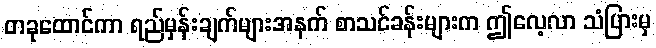
တခုထောင်ကာ ရည်မှန်းချက်များအနက် စာသင်ခန်းများက ဤလေ့လာ သံပြားမှ